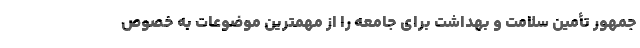
جمهور تأمین سلامت و بهداشت برای جامعه را از مهمترین موضوعات به خصوص